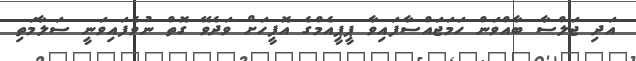
އަދި ޖަލްސާ ބާއްވަން ހަމަޖައްސާފައިވާ ޕީޕީއެމްގެ އޮފީހަށް ވަދެވޭ ގޮތް ނުވެފައިވަނީ ސަލާމަތި